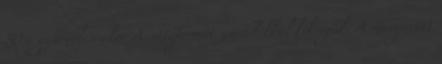
50 g gyümölcscukor A sütőformát zsiradékkal kikenjük. A margarint